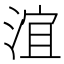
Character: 𣶺